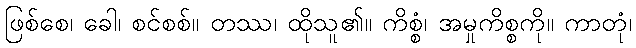
ဖြစ်စေ၊ ခေါ၊ စင်စစ်။ တဿ၊ ထိုသူ၏။ ကိစ္စံ၊ အမှုကိစ္စကို။ ကာတုံ၊